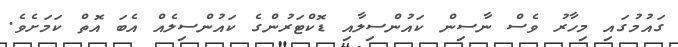
ގައުމުގައި މިހާރު ވެސް ނާސިން ކައުންސިލާއި ޑޮކްޓަރުންގެ ކައުންސިލެއް އެބަ އޮތް ކަމަށެވެ.